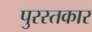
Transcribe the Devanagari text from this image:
पुरस्तकार